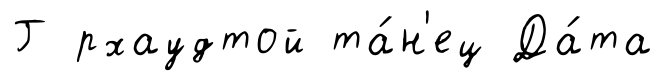
Г рхаудтой та́н'ец Да́та